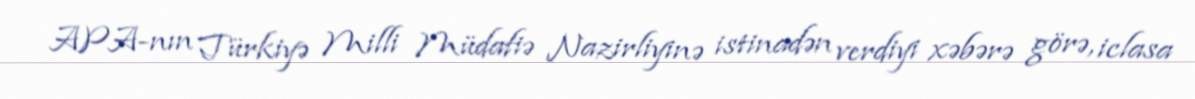
APA-nın Türkiyə Milli Müdafiə Nazirliyinə istinadən verdiyi xəbərə görə, iclasa